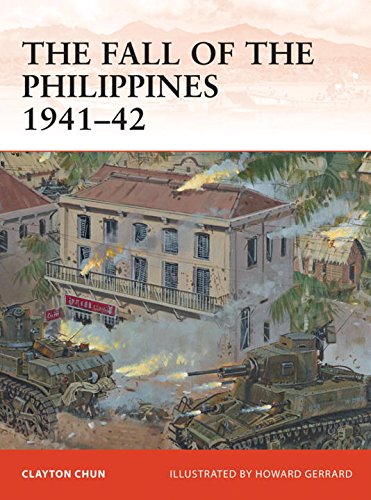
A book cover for The Fall of the Philippines 1941-42 (Campaign); Clayton Chun; History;